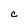
Character: C